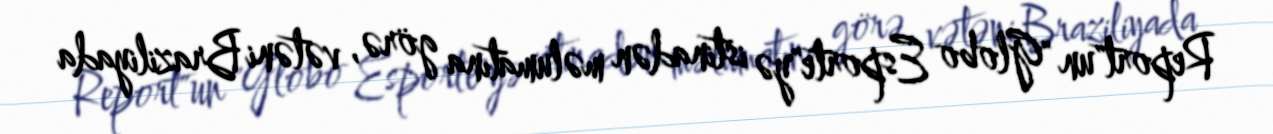
Report"un "Globo Esporte"yə istinadən məlumatına görə, vətəni Braziliyada